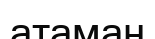
атаман